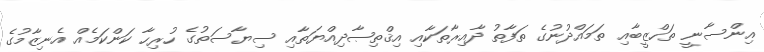
އިންސާނީ ތަހްޒީބާއި ތަމައްދުނުގެ ތަފާތު ދާއިރާތަކާއި އިޤްތިޞާދިއްޔަތާއި ސިޔާސަތުގެ ހުރިހާ ކަންކަމެއް އެނިޒާމުގެ